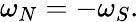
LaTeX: \omega_{N}=-\omega_{S}.